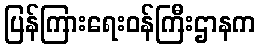
ပြန်ကြားရေးဝန်ကြီးဌာနက